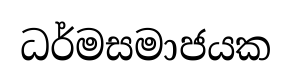
ධර්මසමාජයක